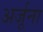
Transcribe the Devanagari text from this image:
अर्जूना